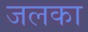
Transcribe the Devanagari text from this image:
जलका